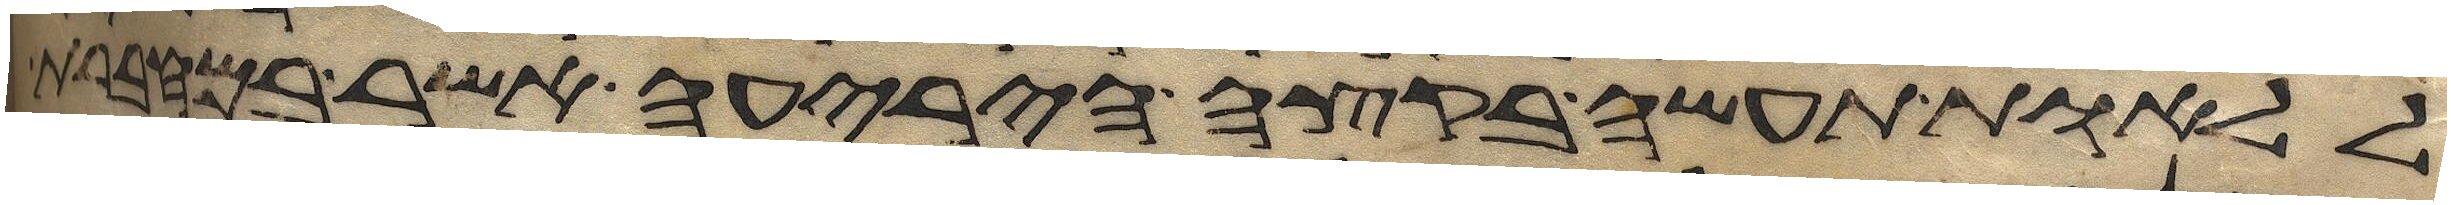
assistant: ללאות תעשה בקצה היריעה אשר